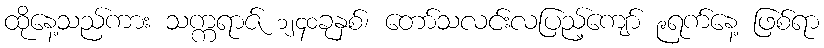
ထိုနေ့သည်ကား သက္ကရာဇ် ၁၂၄၀ခုနှစ်၊ တော်သလင်းလပြည့်ကျော် ၉ရက်နေ့ ဖြစ်ရာ